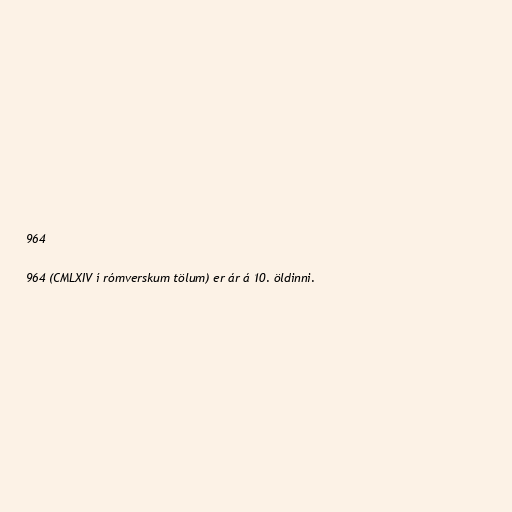
964

964 (CMLXIV í rómverskum tölum) er ár á 10. öldinni.